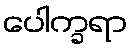
ပေါက္ခရာ